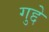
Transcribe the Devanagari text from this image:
गुद्दे